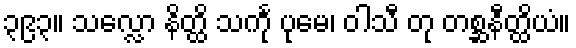
၃၉၃။ သလ္လော နိတ္ထိ သင်္ကု ပုမေ၊ ဝါသီ တု တစ္ဆနီတ္ထိယံ။